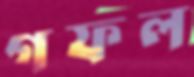
গফল